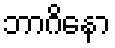
ဘာဂိနော